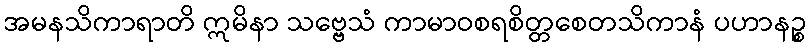
အမနသိကာရာတိ ဣမိနာ သဗ္ဗေသံ ကာမာဝစရစိတ္တစေတသိကာနံ ပဟာနဉ္စ